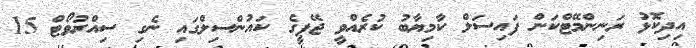
އިދިކޮޅު ރަނިންމޭޓްކަން ފައިސަލް ކާމިޔާބު ކުރެއްވީ ޖޭޕީގެ ކައުންސިލްގައި ނެގި ސިއްރުވޯޓް 15